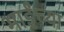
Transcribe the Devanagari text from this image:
भाईंच्या